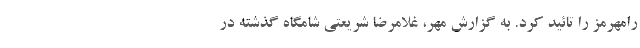
رامهرمز را تائید کرد. به گزارش مهر، غلامرضا شریعتی شامگاه گذشته در